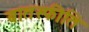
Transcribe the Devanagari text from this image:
बातस्फीति